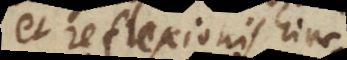
et reflexionis hinc